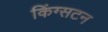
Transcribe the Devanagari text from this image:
किंग्‍सटन